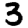
Digit: 3